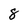
Character: 8